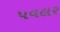
પવલર